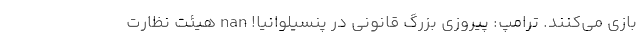
بازی می‌کنند. ترامپ: پیروزی بزرگ قانونی در پنسیلوانیا! nan هیئت نظارت